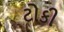
ટોકી